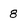
Character: 8